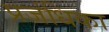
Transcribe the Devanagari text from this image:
प्रजंधिका